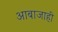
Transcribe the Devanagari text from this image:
आबाजाही